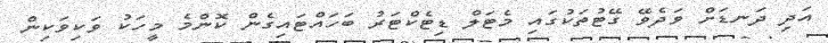
އަދި ދަނޑަށް ވަދެވޭ ގޭޓުތަކުގައި މެޓަލް ޑިޓެކްޓަރު ބަހައްޓައިގެން ކޮންމެ މީހަކު ވަކިވަކިން